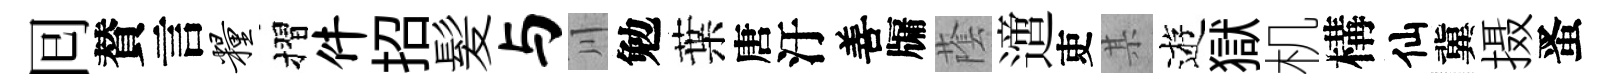
囘賛言粮摺件招髪与川勉葉唐汙善牖䕃𨗁吏某逰獄机構仙冀摄󱉠